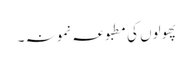
پھولوں کی مطبوعہ نمونہ ۔